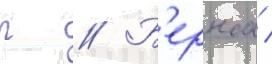
р // Б'ернса /